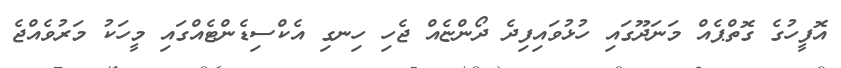
އޮފީހުގެ ގޮތްޕެއް މަނަދޫގައި ހުޅުވައިފިދެ ދޯންޏެއް ޖެހި ހިނގި އެކްސިޑެންޓެއްގައި މީހަކު މަރުވެއްޖެ